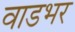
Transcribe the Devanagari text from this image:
वाडभर